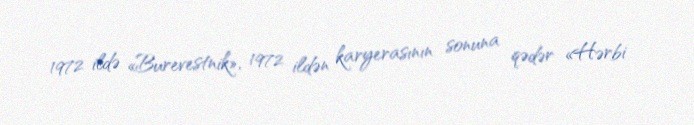
1972 ildə «Burevestnik», 1972 ildən karyerasının sonuna qədər «Hərbi